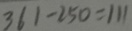
3 6 1 - 2 5 0 = 1 1 1